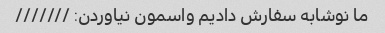
ما نوشابه سفارش دادیم واسمون نیاوردن: ///////